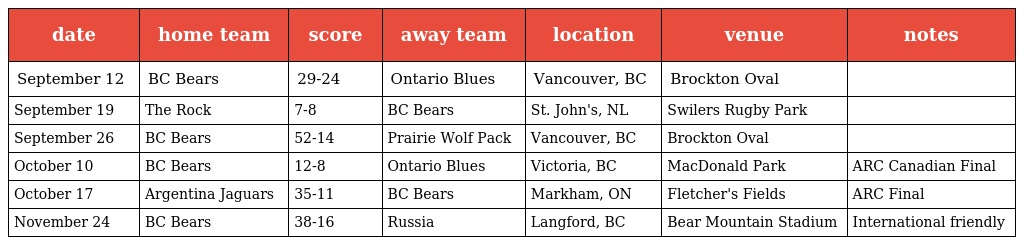
| date | home team | score | away team | location | venue | notes |
 | --- | --- | --- | --- | --- | --- | --- |
 | September 12 | BC Bears | 29-24 | Ontario Blues | Vancouver, BC | Brockton Oval |  |
 | September 19 | The Rock | 7-8 | BC Bears | St. John's, NL | Swilers Rugby Park |  |
 | September 26 | BC Bears | 52-14 | Prairie Wolf Pack | Vancouver, BC | Brockton Oval |  |
 | October 10 | BC Bears | 12-8 | Ontario Blues | Victoria, BC | MacDonald Park | ARC Canadian Final |
 | October 17 | Argentina Jaguars | 35-11 | BC Bears | Markham, ON | Fletcher's Fields | ARC Final |
 | November 24 | BC Bears | 38-16 | Russia | Langford, BC | Bear Mountain Stadium | International friendly |